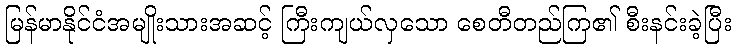
မြန်မာနိုင်ငံအမျိုးသားအဆင့် ကြီးကျယ်လှသော စေတီတည်ကြ၏ စီးနင်းခဲ့ပြီး